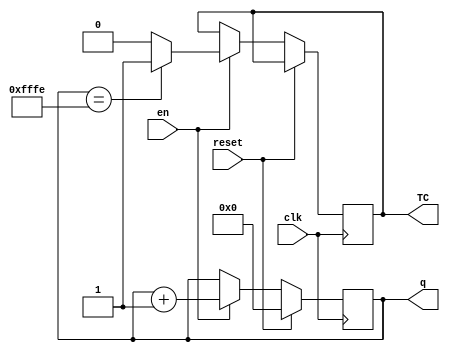
module counter 
(
	input clk, reset, en,
    output reg TC,
   output [15:0] q
);

reg [15:0] temp;

// Implement counter
always @(posedge clk)
   begin
	if(reset == 1)
      begin
		temp = 16'b0;
      end
	else if (en == 1)
        begin
		temp = temp + 16'b1;
		
		if(q == 16'b1111111111111110)
            begin
			TC = 1;
            end
		else
            begin
			TC = 0;
            end
        end
    end

    assign q = temp;

endmodule